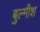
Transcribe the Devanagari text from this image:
बुल्मीश